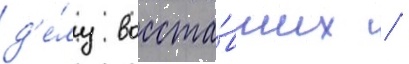
д'е́лу восста́вших /